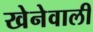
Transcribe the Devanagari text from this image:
खेनेवाली